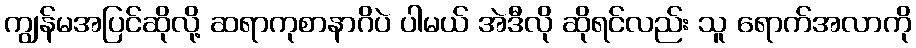
ကျွန်မအပြင်ဆိုလို့ ဆရာကုစာနာဂိပဲ ပါမယ် အဲဒီလို ဆိုရင်လည်း သူ ရောက်အလာကို